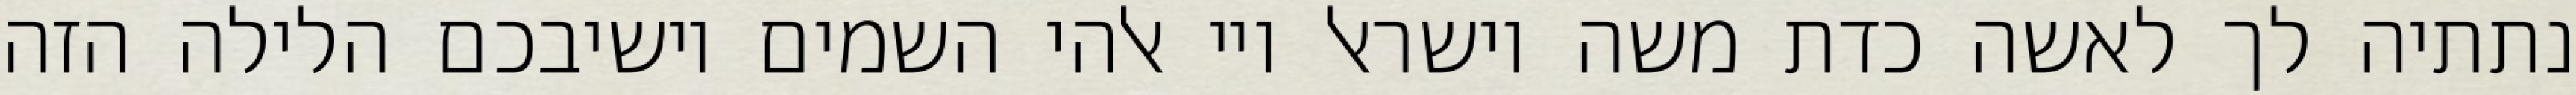
נתתיה לך לאשה כדת משה וישראל ויי אלהי השמים יושיבכם הלילה הזה